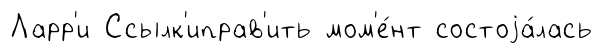
Ларр'и Ссылк'иправ'ить мом'е́нт состоjа́лась